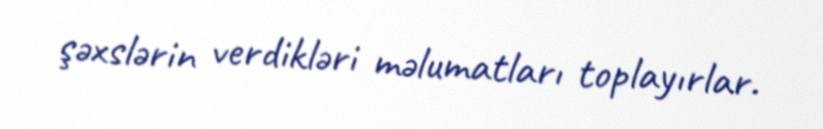
şəxslərin verdikləri məlumatları toplayırlar.